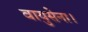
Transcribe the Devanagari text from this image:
वायुसेना।